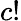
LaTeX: c!